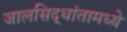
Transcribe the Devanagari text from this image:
जालसिद्धांतामध्ये